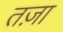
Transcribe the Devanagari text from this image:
तज़ा